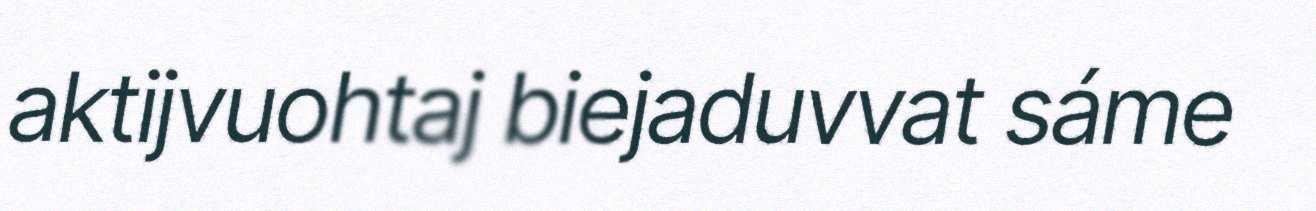
aktijvuohtaj biejaduvvat sáme